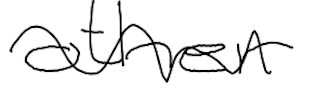
Text: other
Cross-out: wave
Writing tool: digital_black